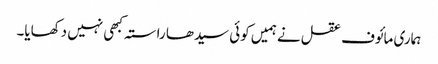
ہماری مائوف عقل نے ہمیں کوئی سیدھا راستہ کبھی نہیں دکھایا۔